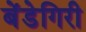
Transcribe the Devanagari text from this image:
बेंडेगिरी